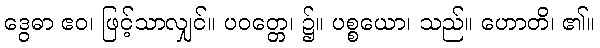
ဒွေဓာ ဧဝ၊ ဖြင့်သာလျှင်။ ပဝတ္တေ၊ ၌။ ပစ္စယော၊ သည်။ ဟောတိ၊ ၏။